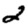
Digit: 2